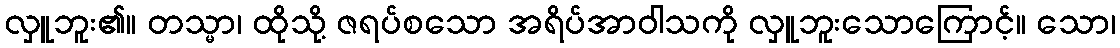
လှူဘူး၏။ တသ္မာ၊ ထိုသို့ ဇရပ်စသော အရိပ်အာဝါသကို လှူဘူးသောကြောင့်။ သော၊